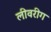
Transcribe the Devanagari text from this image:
लीवरीग